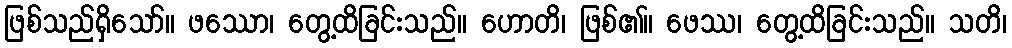
ဖြစ်သည်ရှိသော်။ ဖဿော၊ တွေ့ထိခြင်းသည်။ ဟောတိ၊ ဖြစ်၏။ ဖေဿ၊ တွေ့ထိခြင်းသည်။ သတိ၊